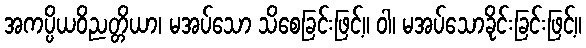
အကပ္ပိယဝိညတ္တိယာ၊ မအပ်သော သိစေခြင်းဖြင့်။ ဝါ၊ မအပ်သောခိုင်းခြင်းဖြင့်။